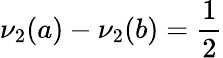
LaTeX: \nu_{2}(a)-\nu_{2}(b)={\frac{1}{2}}